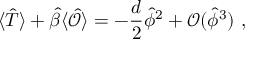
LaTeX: \langle \hat { T } \rangle + \hat { \beta } \langle \hat { \mathcal { O } } \rangle = - \frac { d } 2 \hat { \phi } ^ { 2 } + \mathcal { O } ( \hat { \phi } ^ { 3 } ) ~ ,